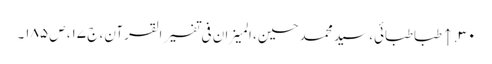
۳۰. ↑ طباطبائی، سید محمد حسین، المیزان فی تفسیر القرآن، ج ۱۷، ص ۱۸۵۔